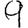
Digit: 9